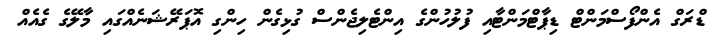
ޑްރަގް އެންފޯސްމަންޓް ޑިޕާޓްމަންޓާއި ފުލުހުންގެ އިންޓެލިޖެންސް ގުޅިގެން ހިންގި އޮޕަރޭޝަނެއްގައި މާލޭގެ ގެއެއް